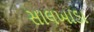
સાલખાડા